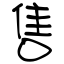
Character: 售